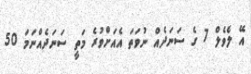
އޭ ލެވެލް 7 ގެ ސަނަދެއް ނުވަތަ އެއަށްވުރެ މަތީ ސަނަދެއްނަމަ 50